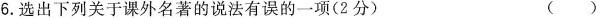
6.选出下列关于课外名著的说法有误的一项(2分) ()